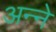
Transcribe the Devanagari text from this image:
अन्‍ने